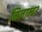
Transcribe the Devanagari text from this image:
निलाम्बर